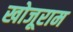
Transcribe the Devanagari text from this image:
खोजूराम